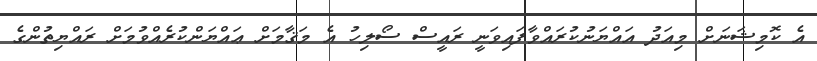
އެ ކޮމިޝަނަށް މިއަދު އައްޔަނުކުރައްވާފައިވަނީ ރައީސް ސޯލިހު އެ މަޤާމަށް ޢައްޔަންކުރެއްވުމަށް ރައްޔިތުންގެ